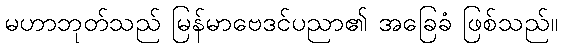
မဟာဘုတ်သည် မြန်မာဗေဒင်ပညာ၏ အခြေခံ ဖြစ်သည်။